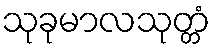
သုခုမာလသုတ္တံ